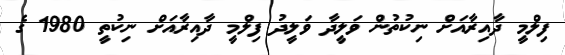
ފިލްމީ ދާއިރާއަށް ނިކުތުން ވަލީދާ ވަލީދު ފިލްމީ ދާއިރާއަށް ނިކުތީ 1980 ގެ